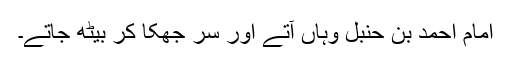
امام احمد بن حنبل وہاں آتے اور سر جھکا کر بیٹھ جاتے۔